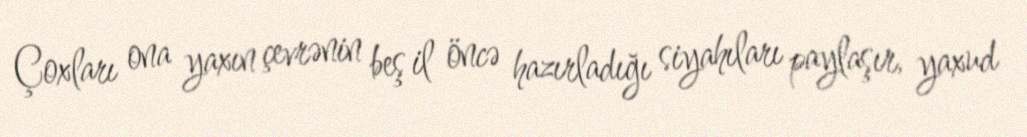
Çoxları ona yaxın çevrənin beş il öncə hazırladığı siyahıları paylaşır, yaxud